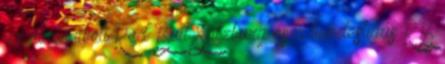
az élvonalbeli Red Bull Salzburg és a bundesligás RB